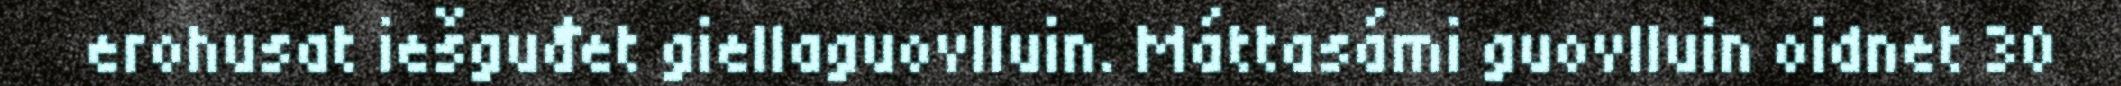
erohusat iešguđet giellaguovlluin. Máttasámi guovlluin oidnet 30